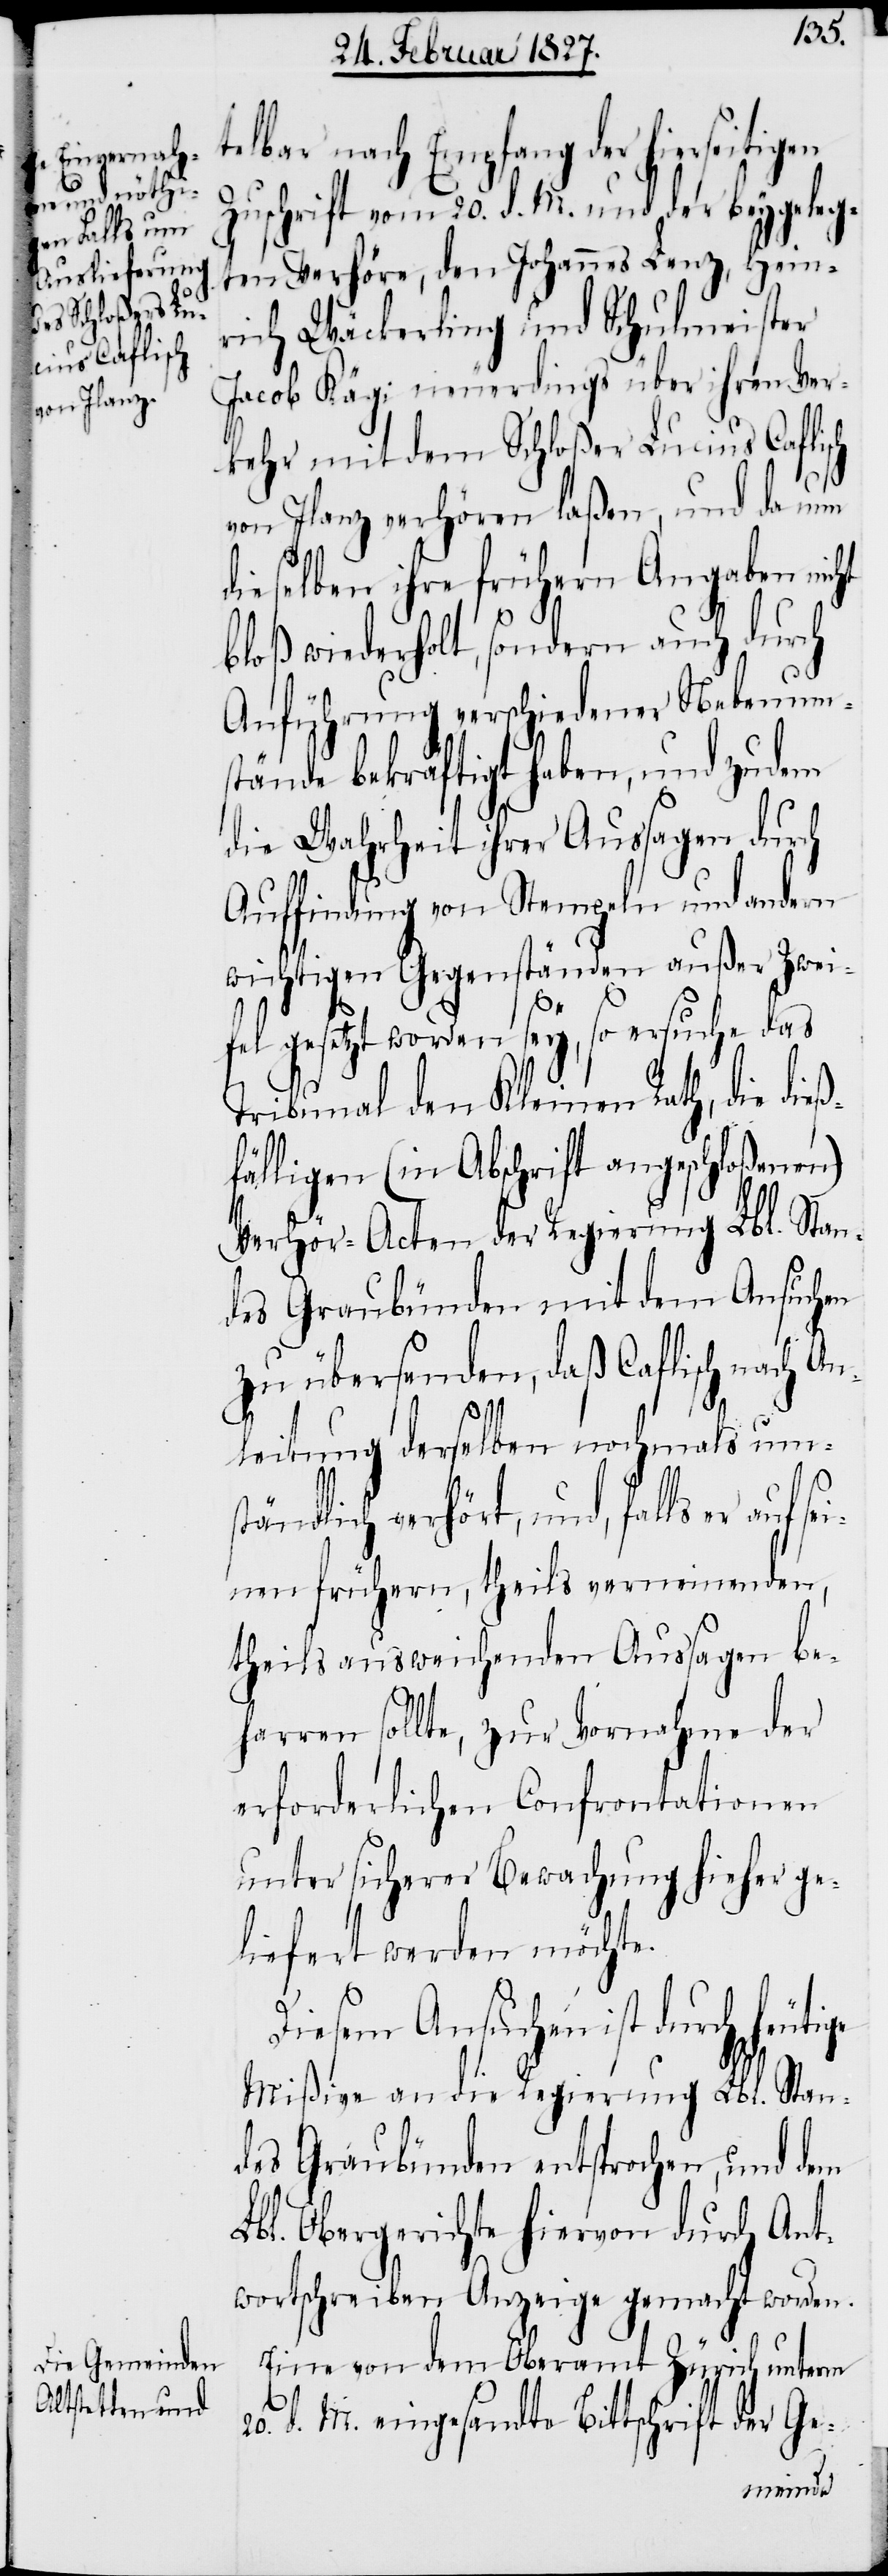
telbar nach Empfang der hierseitigen
Zuschrift vom 20. d. M. und der beygeleg¬
ten Verhöre, den Johannes Lenz, Hein¬
rich Wäckerling und Schulmeister
Jacob Kägi neuerdings über ihren Ver¬
kehr mit dem Schloßer Lucius Caflisch
von Ilanz verhören laßen, und da nun
dieselben ihre frühern Angaben nicht
bloß wiederholt, sondern auch durch
Anführung verschiedener Nebenums¬
tände bekräftigt haben, und zudem
die Wahrheit ihrer Aussagen durch
Auffindung von Stempeln und andern
wichtigen Gegenständen außer Zwei¬
ige
fel gesetzt worden sey, so ersuche das
Tribunal den Kleinen Rath, die dieß¬
fälligen (in Abschrift angeschloßenen)
Verhör-Acten der Regierung Lbl. Stan¬
des Graubünden mit dem Ansuchen
zu übersenden, daß Caflisch nach An¬
leitung derselben nochmals ums¬
tändlich verhört, und, falls er auf
inen frühern, theils verneinenden,
theils ausweichenden Aussagen be¬
harren sollte, zur Vornahme der
erforderlichen Confrontationen
unter sicherer Bewachung hieher ge¬
liefert werden möchte.
Diesem Ansuchen ist durch heut¬
Mißive an die Regierung Lbl. Stan¬
des Graubünden entsprochen, und dem
Lbl. Obergerichte hiervon durch Ant¬
wortschreiben Anzeige gemacht worden.
Eine von dem Oberamt Zürich unterm
20. d. M. eingesandte Bittschrift der Ge-